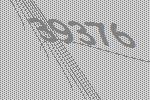
39376